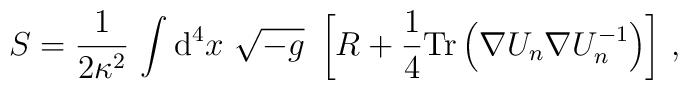
S={\frac{1}{2\kappa^2}}\,\int {\mathrm{d^4}}x\ \sqrt{-{g}}\ \left [ {R}+ {1\over4} {\rm Tr} \left( \nabla U_n \nabla U_n^{-1} \right)\right] \,,